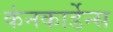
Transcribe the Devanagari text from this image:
कंनकार्डेन्स